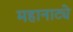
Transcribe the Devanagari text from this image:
महानाट्ये